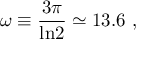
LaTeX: \omega \equiv { \frac { 3 \pi } { \mathrm { l n } 2 } } \simeq 1 3 . 6 \ ,